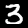
Label: 3